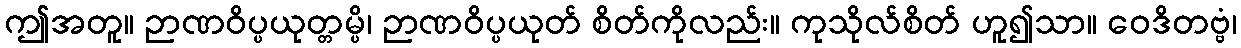
ဤအတူ။ ဉာဏဝိပ္ပယုတ္တမ္ပိ၊ ဉာဏဝိပ္ပယုတ် စိတ်ကိုလည်း။ ကုသိုလ်စိတ် ဟူ၍သာ။ ဝေဒိတဗ္ဗံ၊